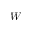
W